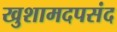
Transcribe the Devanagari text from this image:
खुशामदपसंद